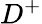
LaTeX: D^{+}